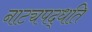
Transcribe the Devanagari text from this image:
नाट्यपद्धति